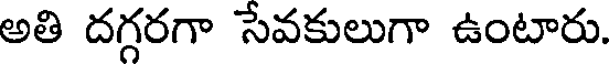
అతి దగ్గరగా సేవకులుగా ఉంటారు.